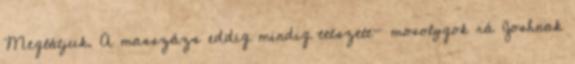
Meglátjuk. A masszázs eddig mindig tetszett- mosolygok rá Joshnak